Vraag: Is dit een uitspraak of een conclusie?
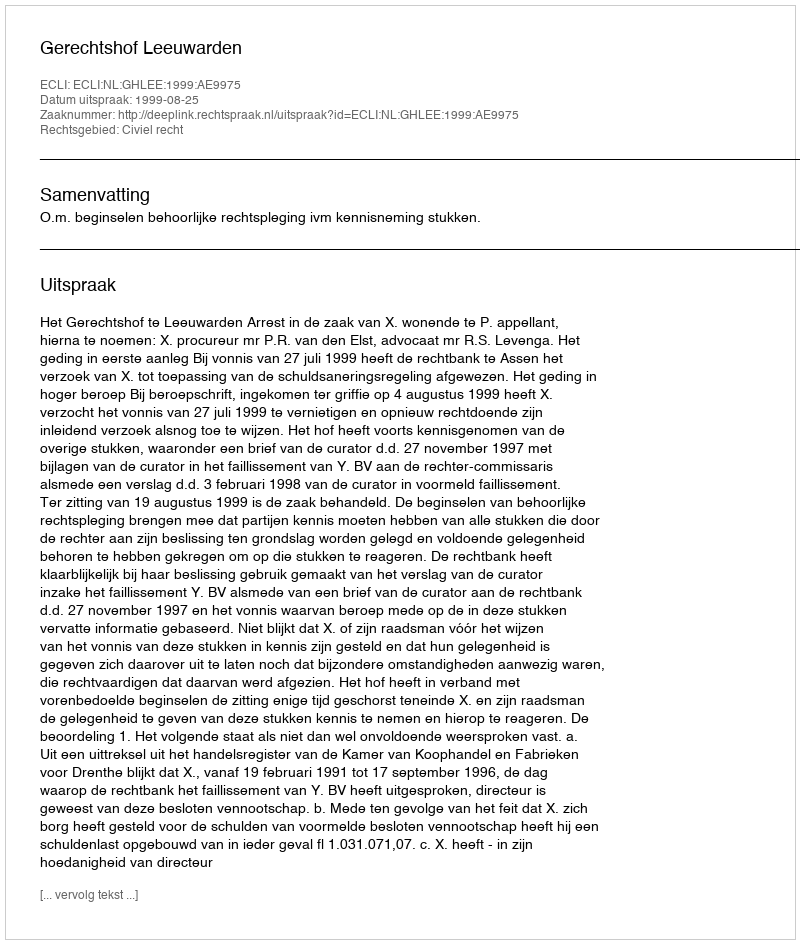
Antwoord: Uitspraak